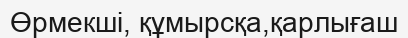
Өрмекші, құмырсқа,қарлығаш